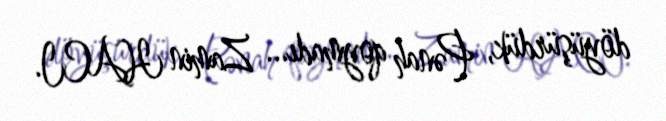
döyüşürdük, Pənah qoymadı... Zamin HACI.